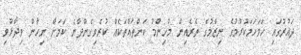
ދައުރުގައި ހަމަހަމަކުރުމުގެ ނިޒާމުގެ ތެރެއިން މުހިންމު ކަންތައްތަކެއް ކުރެވިގެންދާނެ ކަމަށް ނިހާން ވިދާޅުވި